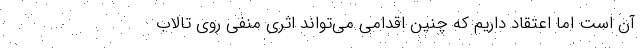
آن است اما اعتقاد داریم که چنین اقدامی می‌تواند اثری منفی روی تالاب